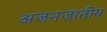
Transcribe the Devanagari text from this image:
अजनजातीय